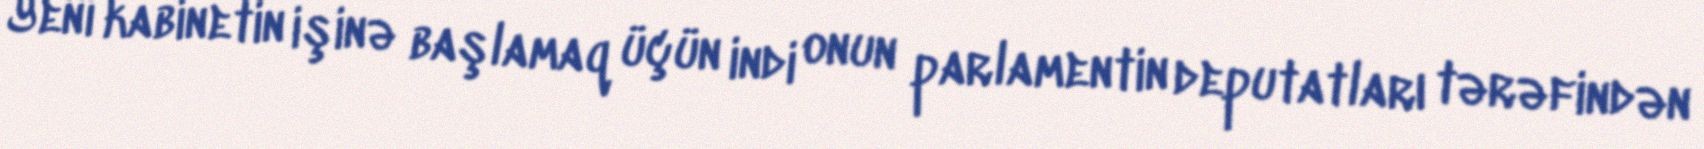
Yeni kabinetin işinə başlamaq üçün indi onun parlamentin deputatları tərəfindən